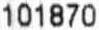
101870